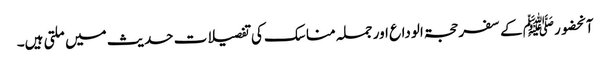
آنحضورﷺ کے سفر حجۃ الوداع اور جملہ مناسک کی تفصیلات حدیث میں ملتی ہیں۔